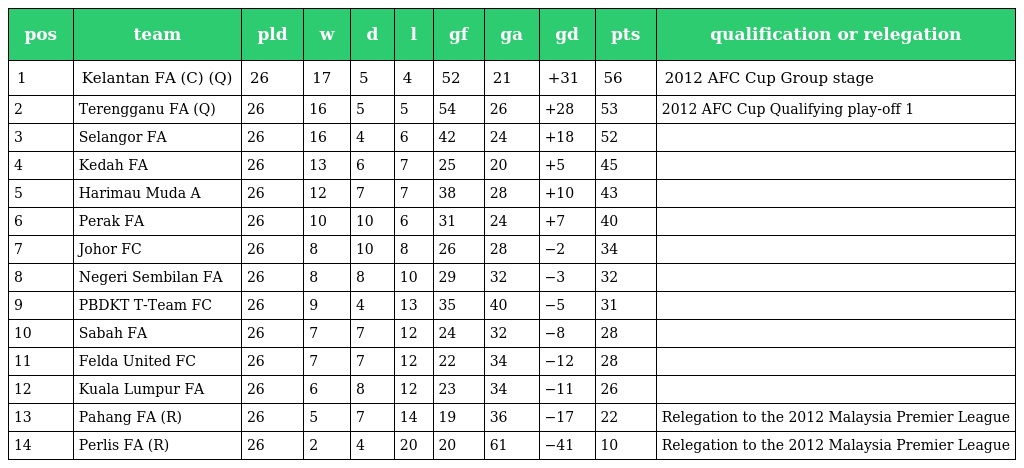
| pos | team | pld | w | d | l | gf | ga | gd | pts | qualification or relegation |
 | --- | --- | --- | --- | --- | --- | --- | --- | --- | --- | --- |
 | 1 | Kelantan FA (C) (Q) | 26 | 17 | 5 | 4 | 52 | 21 | +31 | 56 | 2012 AFC Cup Group stage |
 | 2 | Terengganu FA (Q) | 26 | 16 | 5 | 5 | 54 | 26 | +28 | 53 | 2012 AFC Cup Qualifying play-off 1 |
 | 3 | Selangor FA | 26 | 16 | 4 | 6 | 42 | 24 | +18 | 52 |  |
 | 4 | Kedah FA | 26 | 13 | 6 | 7 | 25 | 20 | +5 | 45 |  |
 | 5 | Harimau Muda A | 26 | 12 | 7 | 7 | 38 | 28 | +10 | 43 |  |
 | 6 | Perak FA | 26 | 10 | 10 | 6 | 31 | 24 | +7 | 40 |  |
 | 7 | Johor FC | 26 | 8 | 10 | 8 | 26 | 28 | −2 | 34 |  |
 | 8 | Negeri Sembilan FA | 26 | 8 | 8 | 10 | 29 | 32 | −3 | 32 |  |
 | 9 | PBDKT T-Team FC | 26 | 9 | 4 | 13 | 35 | 40 | −5 | 31 |  |
 | 10 | Sabah FA | 26 | 7 | 7 | 12 | 24 | 32 | −8 | 28 |  |
 | 11 | Felda United FC | 26 | 7 | 7 | 12 | 22 | 34 | −12 | 28 |  |
 | 12 | Kuala Lumpur FA | 26 | 6 | 8 | 12 | 23 | 34 | −11 | 26 |  |
 | 13 | Pahang FA (R) | 26 | 5 | 7 | 14 | 19 | 36 | −17 | 22 | Relegation to the 2012 Malaysia Premier League |
 | 14 | Perlis FA (R) | 26 | 2 | 4 | 20 | 20 | 61 | −41 | 10 | Relegation to the 2012 Malaysia Premier League |